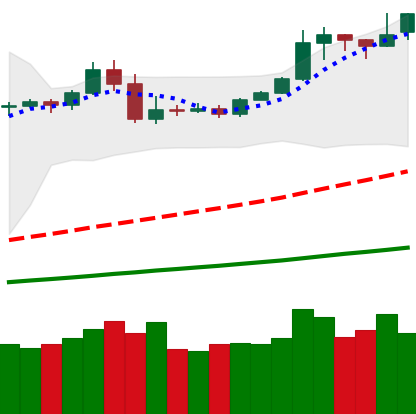
Ticker: BTC-USD
Chart end date: 2019-05-08
Forward return: 30.631%
Label: up_7plus